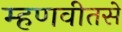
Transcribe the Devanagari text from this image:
म्हणवीतसे